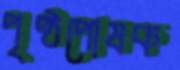
পৃষ্ঠপোষক